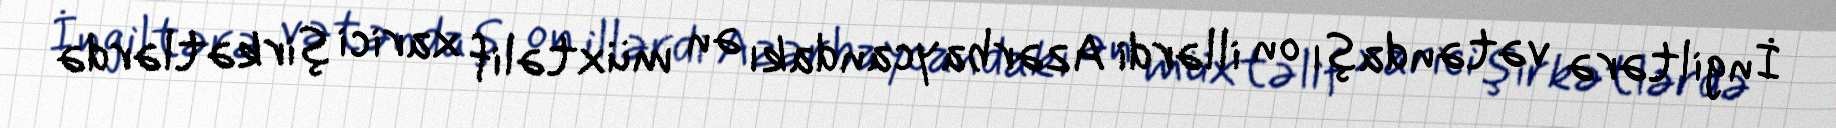
İngiltərə vətəndaşı on illərdi Azərbaycandakı ən müxtəlif xarici şirkətlərdə